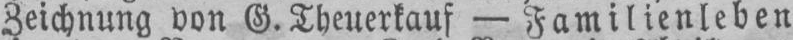
Zeichnung von G. Theuerkauf - Familienleben